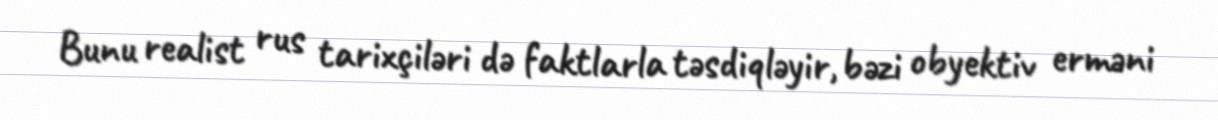
Bunu realist rus tarixçiləri də faktlarla təsdiqləyir, bəzi obyektiv erməni